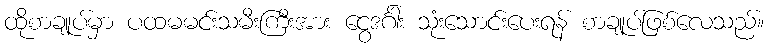
ထိုစာချုပ်မှာ ပထမမင်းသမီးကြီးအား ငွေဒင်္ဂါး သုံးသောင်းပေးရန် စာချုပ်ဖြစ်လေသည်။